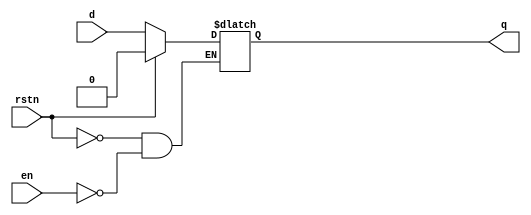
// https://www.chipverify.com/verilog/verilog-d-latch
//
module dlatch2 (
   input      d   , // 1-bit input pin for data
   input      en  , // 1-bit input pin for enabling the latch
   input      rstn, // 1-bit input pin for active-low reset
   output reg q     // 1-bit output pin for data output
);

   // This always block is "always" triggered whenever en/rstn/d changes
   // If reset is asserted then output will be zero
   // Else as long as enable is high, output q follows input d
   always @ (en or rstn or d)
      if (rstn)
         q <= 0;
      else
         if (en)
            q <= d;
endmodule